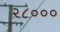
૨૮૦૦૦